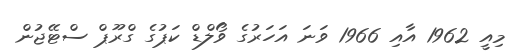
މިއީ 1962 އާއި 1966 ވަނަ އަހަރުގެ ވޯލްޑް ކަޕުގެ ގްރޫޕް ސްޓޭޖުން